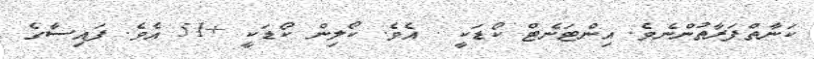
ކަނާތްފަރާތުންނެވެ. އިންޓަނެޓް ކޯޑަކީ . އެވެ. ކޯލިން ކޯޑަކީ +51 އެވެ. ފައިސާގެ